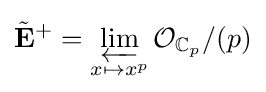
{\tilde {\mathbf {E} }}^{+}=\varprojlim _{x\mapsto x^{p}}{\mathcal {O}}_{\mathbb {C} _{p}}/(p)